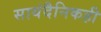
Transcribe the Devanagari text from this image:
सायंदैनिकही